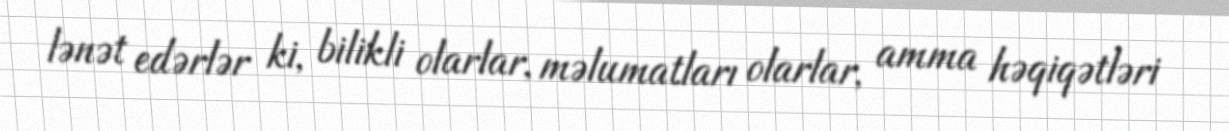
lənət edərlər ki, bilikli olarlar, məlumatları olarlar, amma həqiqətləri